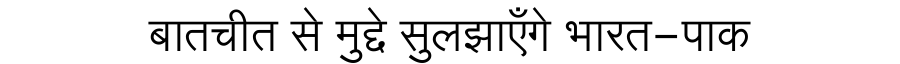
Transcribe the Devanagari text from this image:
बातचीत से मुद्दे सुलझाएँगे भारत-पाक